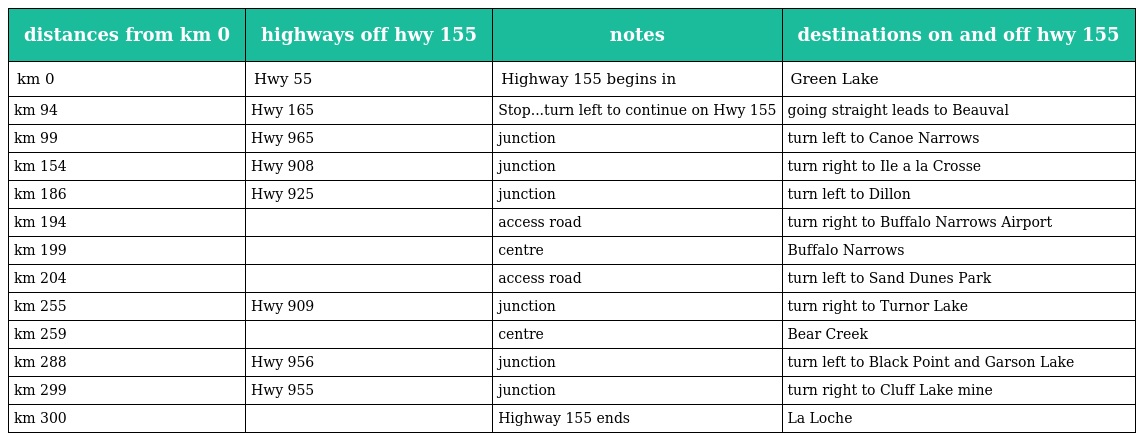
| distances from km 0 | highways off hwy 155 | notes | destinations on and off hwy 155 |
 | --- | --- | --- | --- |
 | km 0 | Hwy 55 | Highway 155 begins in | Green Lake |
 | km 94 | Hwy 165 | Stop...turn left to continue on Hwy 155 | going straight leads to Beauval |
 | km 99 | Hwy 965 | junction | turn left to Canoe Narrows |
 | km 154 | Hwy 908 | junction | turn right to Ile a la Crosse |
 | km 186 | Hwy 925 | junction | turn left to Dillon |
 | km 194 |  | access road | turn right to Buffalo Narrows Airport |
 | km 199 |  | centre | Buffalo Narrows |
 | km 204 |  | access road | turn left to Sand Dunes Park |
 | km 255 | Hwy 909 | junction | turn right to Turnor Lake |
 | km 259 |  | centre | Bear Creek |
 | km 288 | Hwy 956 | junction | turn left to Black Point and Garson Lake |
 | km 299 | Hwy 955 | junction | turn right to Cluff Lake mine |
 | km 300 |  | Highway 155 ends | La Loche |